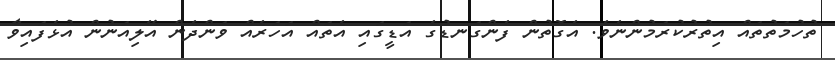
ތުހުމަތުތައް އިތުރުކުރަމުންނެވެ. އެގޮތުން ފެންގަނޑުގެ އަޑީގައި އެތައް އަހަރެއް ވަންދެން އޭލިއަނުން އުޅެފައިވާ